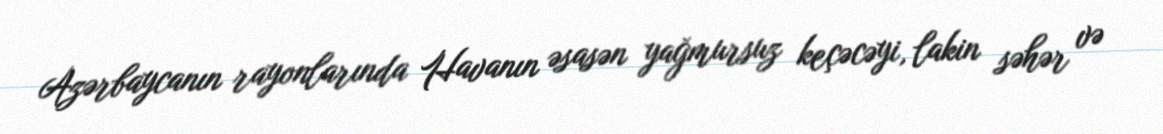
Azərbaycanın rayonlarında Havanın əsasən yağmursuz keçəcəyi, lakin səhər və